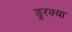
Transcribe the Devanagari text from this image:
डुरक्या